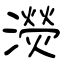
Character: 濙